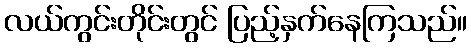
လယ်ကွင်းတိုင်းတွင် ပြည့်နှက်နေကြသည်။